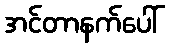
အင်တာနက်ပေါ်